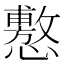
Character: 懯